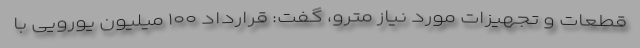
قطعات و تجهیزات مورد نیاز مترو، گفت: قرارداد ۱۰۰ میلیون یورویی با